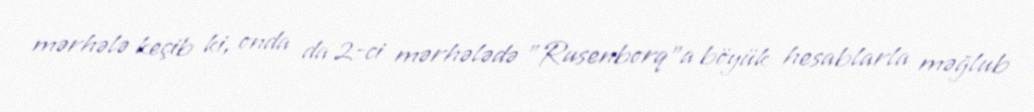
mərhələ keçib ki, onda da 2-ci mərhələdə "Rusenborq"a böyük hesablarla məğlub